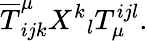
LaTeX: \overline{{{T}}}_{ijk}^{\mu}X^{k}{}_{l}T_{\mu}^{ijl}.